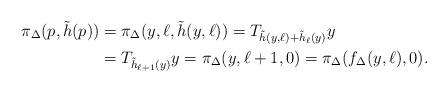
LaTeX: \begin{align*}\pi_\Delta(p,\tilde h(p))& =\pi_\Delta(y,\ell,\tilde h(y,\ell))=T_{\tilde h(y,\ell)+\tilde h_\ell(y)}y \\ & = T_{\tilde h_{\ell+1}(y)}y=\pi_\Delta(y,\ell+1,0)=\pi_\Delta(f_\Delta(y,\ell),0).\end{align*}